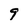
Character: 9